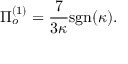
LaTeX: \Pi _ { o } ^ { ( 1 ) } = \frac { 7 } { 3 \kappa } \mathrm { s g n } ( \kappa ) .